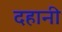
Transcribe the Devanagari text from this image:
दहानी